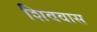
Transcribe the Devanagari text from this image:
शिववास